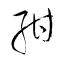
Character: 酣